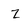
Character: Z